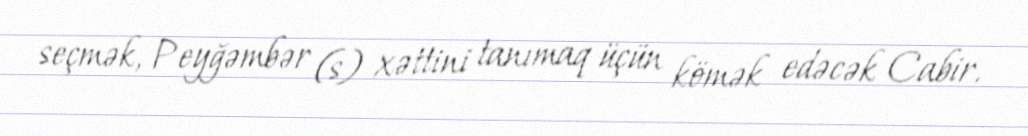
seçmək, Peyğəmbər (s) xəttini tanımaq üçün kömək edəcək Cabir.